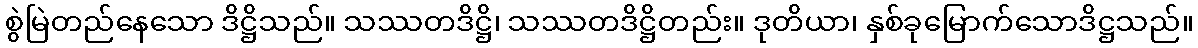
စွဲမြဲတည်နေသော ဒိဋ္ဌိသည်။ သဿတဒိဋ္ဌိ၊ သဿတဒိဋ္ဌိတည်း။ ဒုတိယာ၊ နှစ်ခုမြောက်သောဒိဋ္ဌသည်။